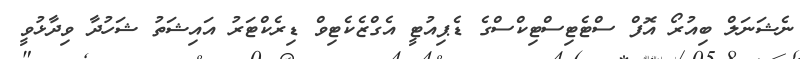
ނެޝަނަލް ބިއުރޯ އޮފް ސްޓެޓިސްޓިކްސްގެ ޑެޕިއުޓީ އެގްޒެކެޓިވް ޑިރެކްޓަރު އައިޝަތު ޝަހުދާ ވިދާޅުވީ